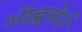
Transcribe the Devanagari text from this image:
ओह्नसोर्ज